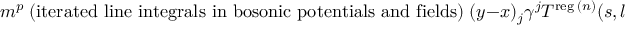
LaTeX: m ^ { p } \; { \mathrm { ( i t e r a t e d ~ l i n e ~ i n t e g r a l s ~ i n ~ b o s o n i c ~ p o t e n t i a l s ~ a n d ~ f i e l d s ) } } \; ( y - x ) _ { j } \gamma ^ { j } \: T ^ { \mathrm { \scriptsize { r e g } } \: ( n ) } ( s , l ) \; ,